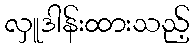
လှူဒါန်းထားသည့်